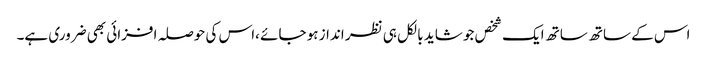
اس کے ساتھ ساتھ ایک شخص جو شاید بالکل ہی نظر انداز ہو جائے ،اس کی حوصلہ افزائی بھی ضروری ہے۔